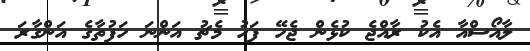
ލާއޯސްއާ އެކު ރާއްޖެ ކުޅެން ޖެހޭ ފަހު މެޗު އަންނަ ހަފުތާގެ އަންގާރަ